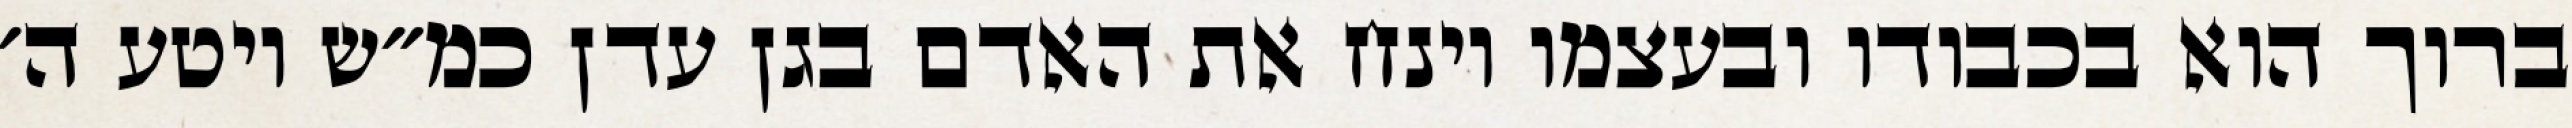
ברוך הוא בכבודו ובעצמו וינח את האדם בגן עדן כמ״ש ויטע ה׳